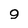
Character: 9